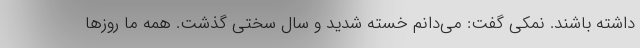
داشته باشند. نمکی گفت: می‌دانم خسته شدید و سال سختی گذشت. همه ما روزها